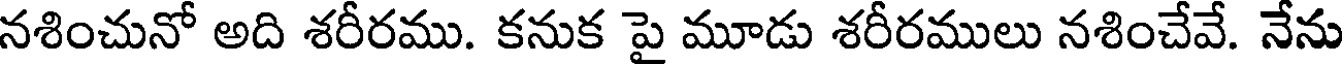
నశించునో అది శరీరము. కనుక పై మూడు శరీరములు నశించేవే. నేను